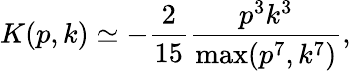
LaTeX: K(p,k)\simeq-\frac{2}{15}\frac{p^{3}k^{3}}{\operatorname*{max}(p^{7},k^{7})},